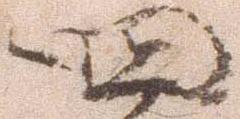
四